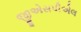
જીએસપીએલ